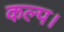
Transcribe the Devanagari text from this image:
कल्प।